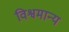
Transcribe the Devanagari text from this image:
विश्वमान्य